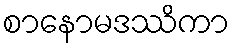
စာနောမဒဿိကာ